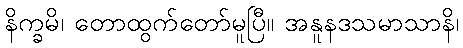
နိက္ခမိ၊ တောထွက်တော်မူပြီ။ အနူနဒသမာသာနိ၊